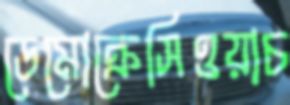
ডেমোক্রেসিওয়াচ